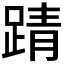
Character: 𫏏